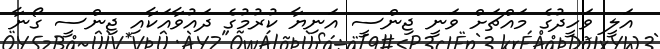
އަލީ ވަހީދުގެ މައްޗަށް ވަނީ ޖިންސީ އަނިޔާ ކުރުމުގެ ދައުވާއަކާއި ޖިންސީ ގޯނާ